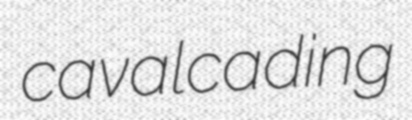
cavalcading